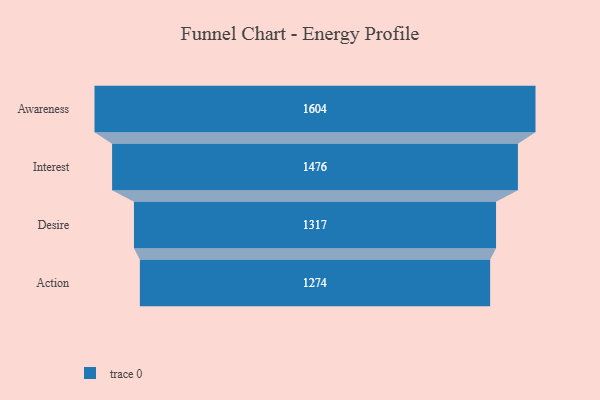
{"axis": {"x": "Stage", "y": "Value"}, "legend": [""], "data": [{"x": "Awareness", "y": 1604.0, "type": ""}, {"x": "Interest", "y": 1476.0, "type": ""}, {"x": "Desire", "y": 1317.0, "type": ""}, {"x": "Action", "y": 1274.0, "type": ""}]}